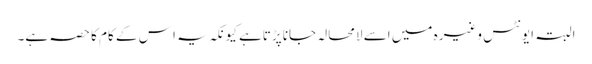
البتہ ایونٹس وغیرہ میں اسے لامحالہ جانا پڑتاہے کیونکہ یہ ا س کے کام کا حصہ ہے۔